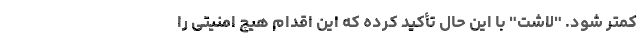
کمتر شود. "لاشت" با این حال تأکید کرده که این اقدام هیچ امنیتی را